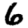
Digit: 6